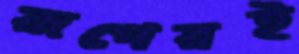
রূপেরই